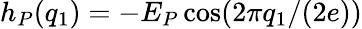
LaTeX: h_{P}(q_{1})=-E_{P}\cos(2\pi q_{1}/(2e))